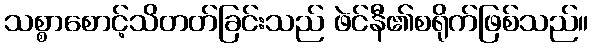
သစ္စာစောင့်သိတတ်ခြင်းသည် ဖဲင်နီ၏စရိုက်ဖြစ်သည်။